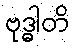
ဗုဒ္ဓါတိ